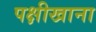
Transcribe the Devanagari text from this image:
पक्षीखाना